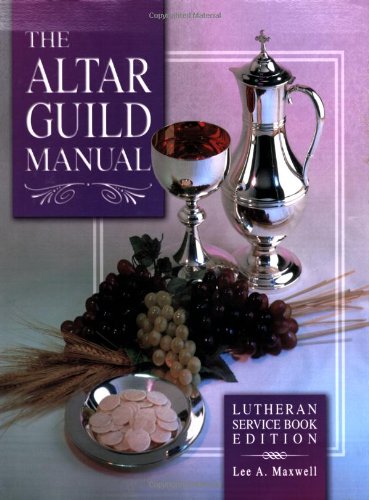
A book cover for The Altar Guild Manual: Lutheran Service Book Edition; Lee A. Maxwell; Christian Books & Bibles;